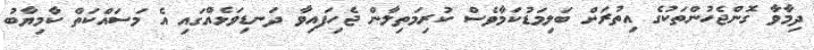
ދިމާވާ ގޮންޖެހުންތަކުގެ އިތުރަށް ބަލިމަޑުކަމާވެސް ކުރިމަތިލާން ޖެހިފައިވާ ދަނޑިވަޅެއްގައި އެ މަސައްކަތް ކާމިޔާބު